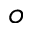
o